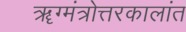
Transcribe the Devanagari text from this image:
ॠग्मंत्रोत्तरकालांत